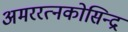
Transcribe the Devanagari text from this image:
अमररत्नकोसिन्द्र